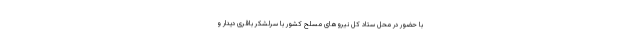
با حضور در محل ستاد کل نیروهای مسلح کشور با سرلشکر باقری دیدار و